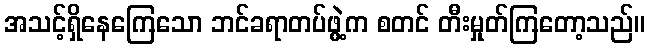
အသင့်ရှိနေကြေသော ဘင်ခရာတပ်ဖွဲ့က စတင် တီးမှုတ်ကြတော့သည်။